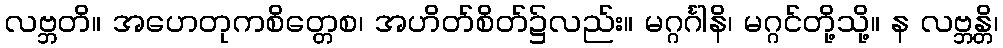
လဗ္ဘတိ။ အဟေတုကစိတ္တေစ၊ အဟိတ်စိတ်၌လည်း။ မဂ္ဂင်္ဂါနိ၊ မဂ္ဂင်တို့သို့။ န လဗ္ဘန္တိ၊